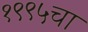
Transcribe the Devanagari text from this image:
१९९५चा